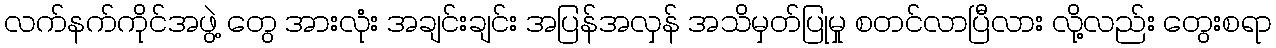
လက်နက်ကိုင်အဖွဲ့ တွေ အားလုံး အချင်းချင်း အပြန်အလှန် အသိမှတ်ပြုမှု စတင်လာပြီလား လို့လည်း တွေးစရာ